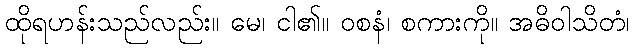
ထိုရဟန်းသည်လည်း။ မေ၊ ငါ၏။ ဝစနံ၊ စကားကို။ အဓိဝါသိတံ၊